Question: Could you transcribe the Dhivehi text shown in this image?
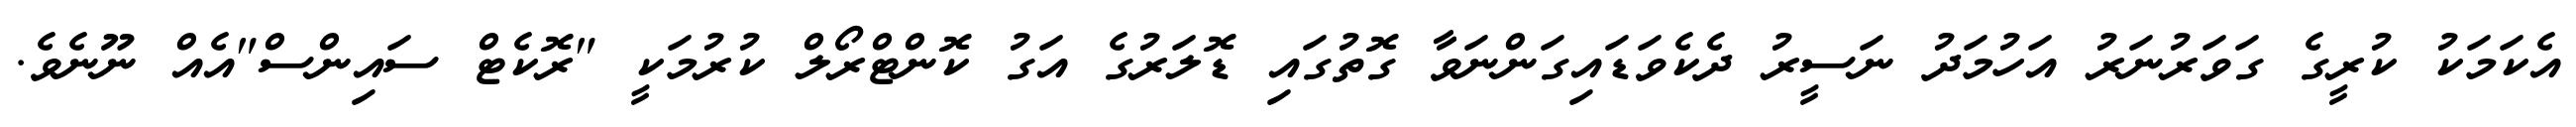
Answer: އެކަމަކު ކުރީގެ ގަވަރުނަރު އަހުމަދު ނަސީރު ދެކެވަޑައިގަންނަވާ ގޮތުގައި ޑޮލަރުގެ އަގު ކޮންޓްރޯލް ކުރުމަކީ "ރޮކެޓް ސައިންސް"އެއް ނޫނެވެ.